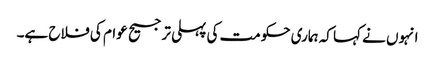
انہوں نے کہا کہ ہماری حکومت کی پہلی ترجیح عوام کی فلاح ہے۔